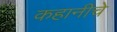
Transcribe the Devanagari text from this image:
कहानीचे